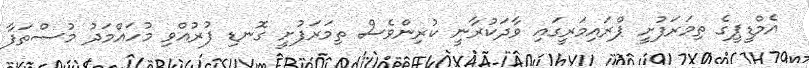
އެމްޑީޕީގެ ތިމަރަފުށީ ޕްރައިމަރީގައި ވާދަކުރާނީ ކުރިންވެސް ތިމަރަފުށީ ގޮނޑި ފުރުއްވި މުހައްމަދު މުސްތަފާ